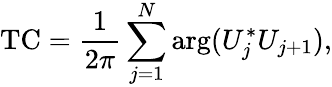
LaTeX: \mathrm{TC}=\frac{1}{2\pi}\sum_{j=1}^{N}\mathrm{arg}(U_{j}^{*}U_{j+1}),